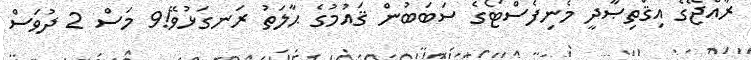
ރާއްޖޭގެ އިޤްތިޞާދީ މެނިފެސްޓޯގެ ސަބަބުން ޤައުމުގެ ޙާލަތު ރަނގަޅުވޭ!9 މަސް 2 ދުވަސް